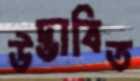
উদ্ভাবিত